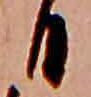
日